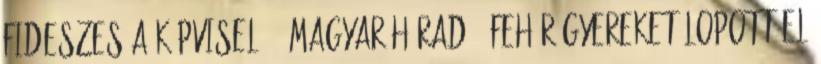
fideszes a képviselő" "Magyar híradó: fehér gyereket lopott el